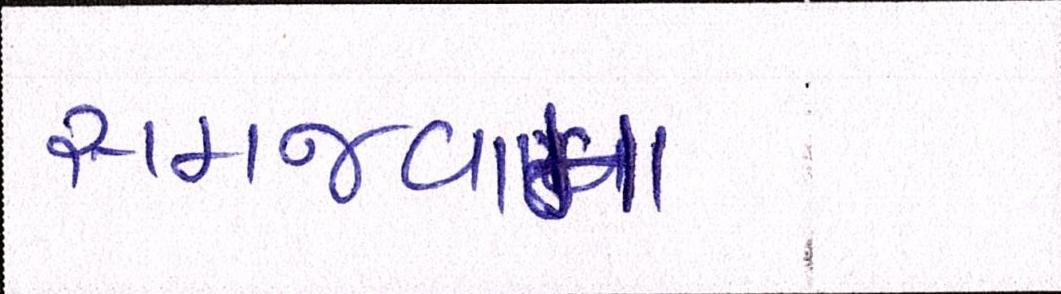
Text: સમજવામાં